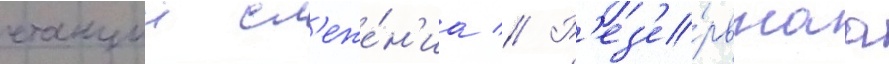
станции сл'еже́н'иа // Р'ез'е́рвнаа